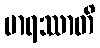
မာရဿာတိ